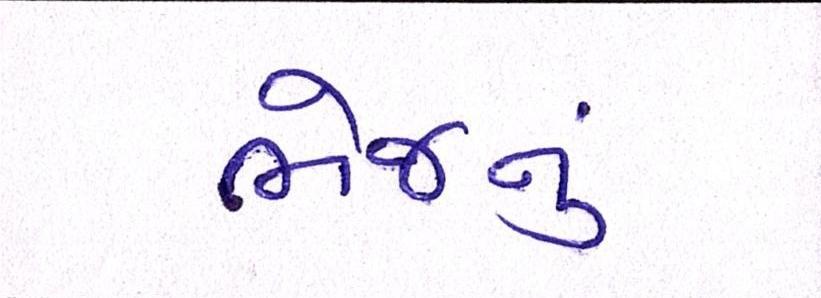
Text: ભેજનું